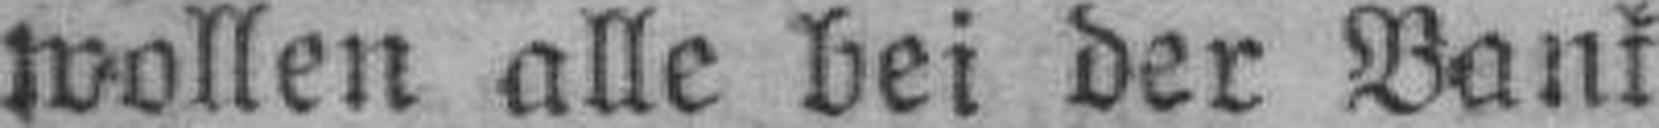
wollen alle bei der Bank